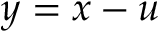
y = x - u